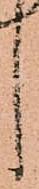
し